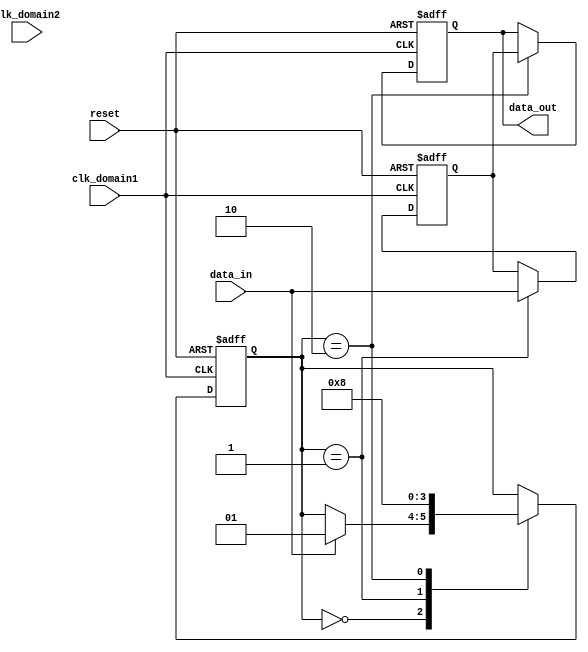
module asynchronous_FIFO_synchronizer (
    input wire clk_domain1, // Clock signal for domain 1
    input wire clk_domain2, // Clock signal for domain 2
    input wire reset, // Reset signal
    input wire data_in, // Data input from domain 1
    output reg data_out // Data output to domain 2
);

reg synchronized_data; // Synchronized data
reg [1:0] state; // State variable for timing control

always @ (posedge clk_domain1 or posedge reset) begin
    if (reset) begin // Reset logic
        state <= 2'b00;
        synchronized_data <= 1'b0;
        data_out <= 1'b0;
    end else begin
        case (state) // State machine for timing control
            2'b00: begin // Idle state
                if (data_in) begin
                    state <= 2'b01; // Transition to handshake state
                end
            end
            2'b01: begin // Handshake state
                synchronized_data <= data_in; // Synchronize data
                state <= 2'b10; // Transition to data transfer state
            end
            2'b10: begin // Data transfer state
                data_out <= synchronized_data; // Transfer synchronized data
                state <= 2'b00; // Transition back to idle state
            end
        endcase
    end
end

endmodule